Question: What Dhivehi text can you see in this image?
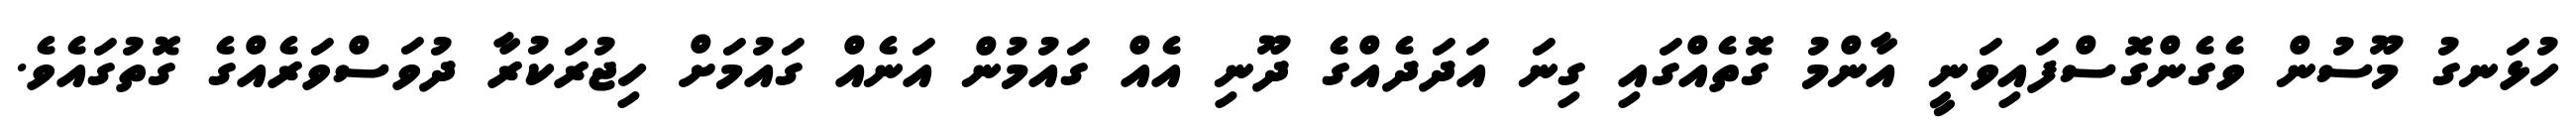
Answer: ހުޅަނގު މޫސުން ވެގެންގޮސްފައިވަނީ އާންމު ގޮތެއްގައި ގިނަ އަދަދެއްގެ ދޫނި އެއް ގައުމުން އަނެއް ގައުމަށް ހިޖުރަކުރާ ދުވަސްވަރެއްގެ ގޮތުގައެވެ.